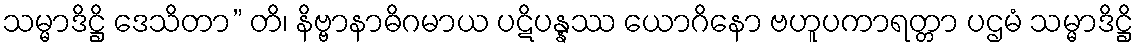
သမ္မာဒိဋ္ဌိ ဒေသိတာ” တိ၊ နိဗ္ဗာနာဓိဂမာယ ပဋိပန္နဿ ယောဂိနော ဗဟူပကာရတ္တာ ပဌမံ သမ္မာဒိဋ္ဌိ